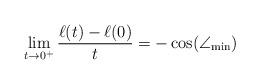
LaTeX: \begin{align*}\lim_{t\to 0^+} \frac{\ell(t) -\ell(0)}{t} = -\cos(\angle_{\min}) \end{align*}